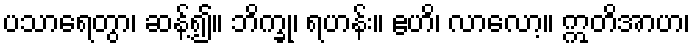
ပသာရေတွာ၊ ဆန့်၍။ ဘိက္ခု၊ ရဟန်း။ ဧဟိ၊ လာလော့။ ဣတိအာဟ၊